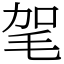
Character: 毠